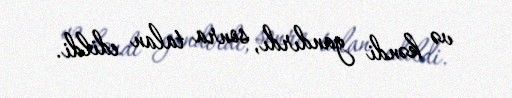
və kəndi yandırdı, sonra talan edildi.